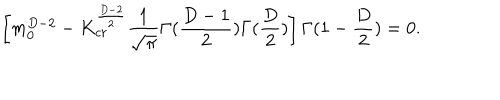
LaTeX: \left[ m _ { 0 } ^ { D - 2 } - K _ { c r } ^ { \frac { D - 2 } { 2 } } \frac { 1 } { \sqrt { \pi } } \Gamma ( \frac { D - 1 } { 2 } ) \Gamma ( \frac { D } { 2 } ) \right] \Gamma ( 1 - \frac { D } { 2 } ) = 0 .